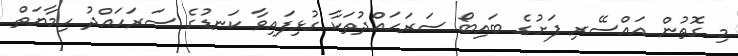
މި ގޮތުން އައްސޭރި ފަށުގެ ބައިބޯ ސަރަހައްދުތަކާ ގުޅިފައިވާ ކަނޑުގެ ސަރަހައްދު ހިމާޔަތް